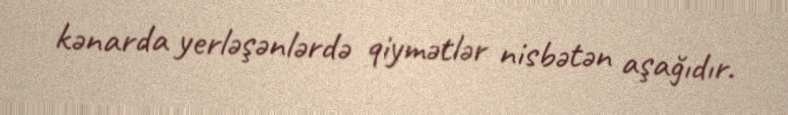
kənarda yerləşənlərdə qiymətlər nisbətən aşağıdır.